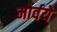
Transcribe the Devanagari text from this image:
मोर्वये